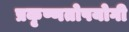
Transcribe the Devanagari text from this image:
प्रकृष्णतोपयोगी